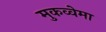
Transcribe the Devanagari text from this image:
मुकव्वेमा